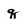
Character: q